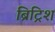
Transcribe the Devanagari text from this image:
ब्रिट्रिश